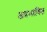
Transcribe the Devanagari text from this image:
अप्रभावित